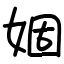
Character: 婟